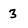
Character: 3